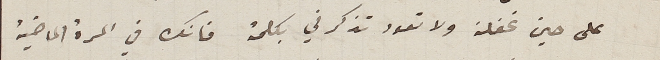
على حين غفلة ولا تعود تذكرني بكلمة فانك في المرة الماضية